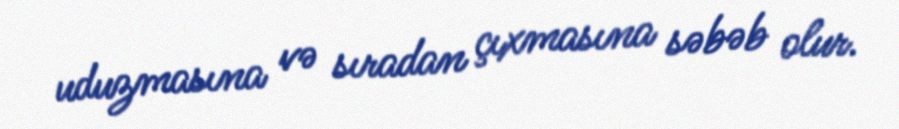
uduzmasına və sıradan çıxmasına səbəb olur.